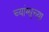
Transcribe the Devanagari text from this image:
च्यांग्सूच्या